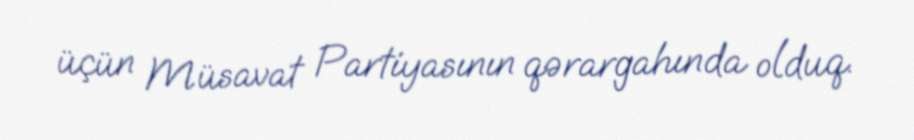
üçün Müsavat Partiyasının qərargahında olduq.